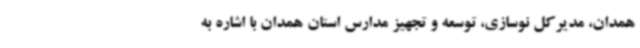
همدان، مدیرکل نوسازی، توسعه و تجهیز مدارس استان همدان با اشاره به